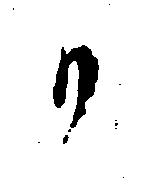
か